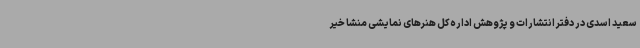
سعید اسدی در دفتر انتشارات و پژوهش اداره‌کل هنرهای نمایشی منشا خیر